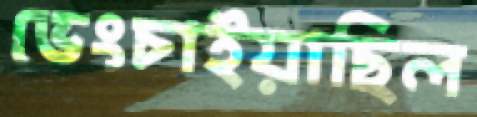
ভেংচাইয়াছিল